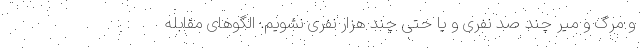
و مرگ و میر چند صد نفری و یا حتی چند هزار نفری نشویم. الگوهای مقابله